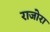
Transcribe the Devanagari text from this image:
राजोरा